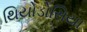
થિયોડોસિયા